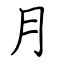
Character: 月